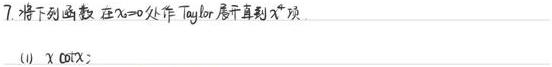
7. 将下列函数在$x = 0$处作 Taylor 展开直到$x^{4}$项.

(1) $x\cot x$;